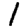
Digit: 1